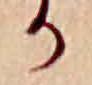
か